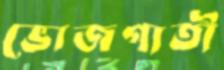
ভোজগাতী